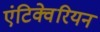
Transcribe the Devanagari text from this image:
एंटिक्वेरियन